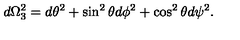
d \Omega _ { 3 } ^ { 2 } = d \theta ^ { 2 } + \sin ^ { 2 } \theta d \phi ^ { 2 } + \cos ^ { 2 } \theta d \psi ^ { 2 } .